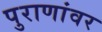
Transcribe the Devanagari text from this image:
पुराणांवर